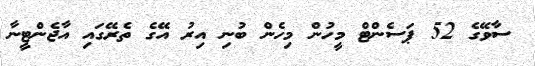
ސާވޭގެ 52 ޕަސެންޓް މީހުން މިހެން ބުނި އިރު އޭގެ ތެރޭގައި އާޖެންޓީނާ